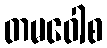
တမဝေါစ